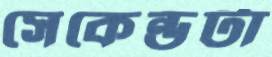
সেকেন্ডটা